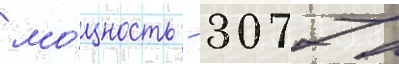
мо́щность - 3077 л